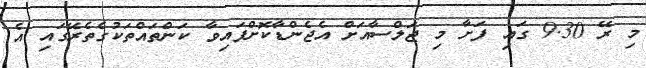
މި ރޭ 9.30 ގައި ފަށާ މި ޖަލްސާއަށް އެޖެންޑާކޮށްފައިވާ ކަންތައްތަކުގެތެރޭގައި އެ